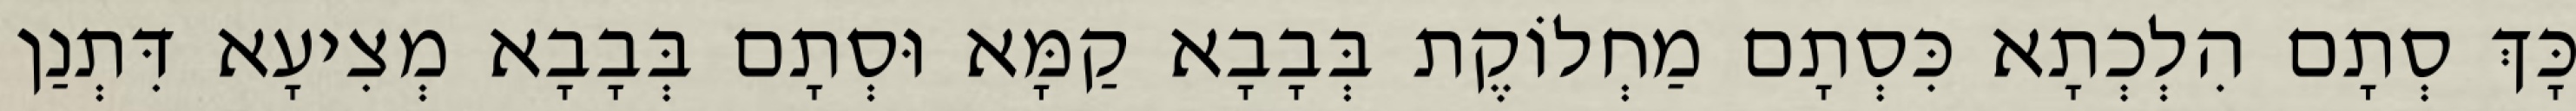
כָּךְ סְתָם הִלְכְתָא כִּסְתָם מַחְלוֹקֶת בְּבָבָא קַמָּא וּסְתָם בְּבָבָא מְצִיעָא דִּתְנַן